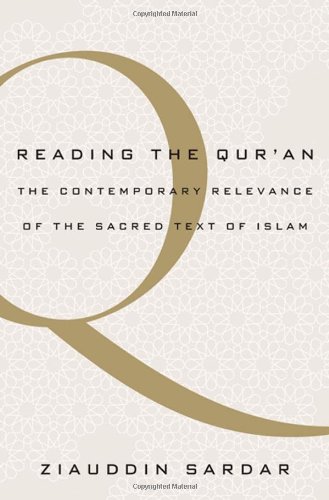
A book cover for Reading the Qur'an: The Contemporary Relevance of the Sacred Text of Islam; Ziauddin Sardar; Religion & Spirituality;